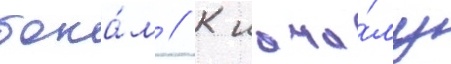
бока́м // К нача́лу